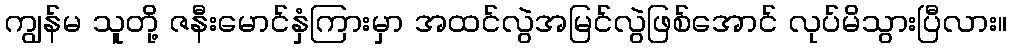
ကျွန်မ သူတို့ ဇနီးမောင်နှံကြားမှာ အထင်လွဲအမြင်လွဲဖြစ်အောင် လုပ်မိသွားပြီလား။